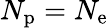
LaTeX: N_{\mathrm{p}}=N_{\mathrm{e}}